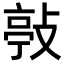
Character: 𢾊